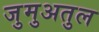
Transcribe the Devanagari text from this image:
जुमुअतुल